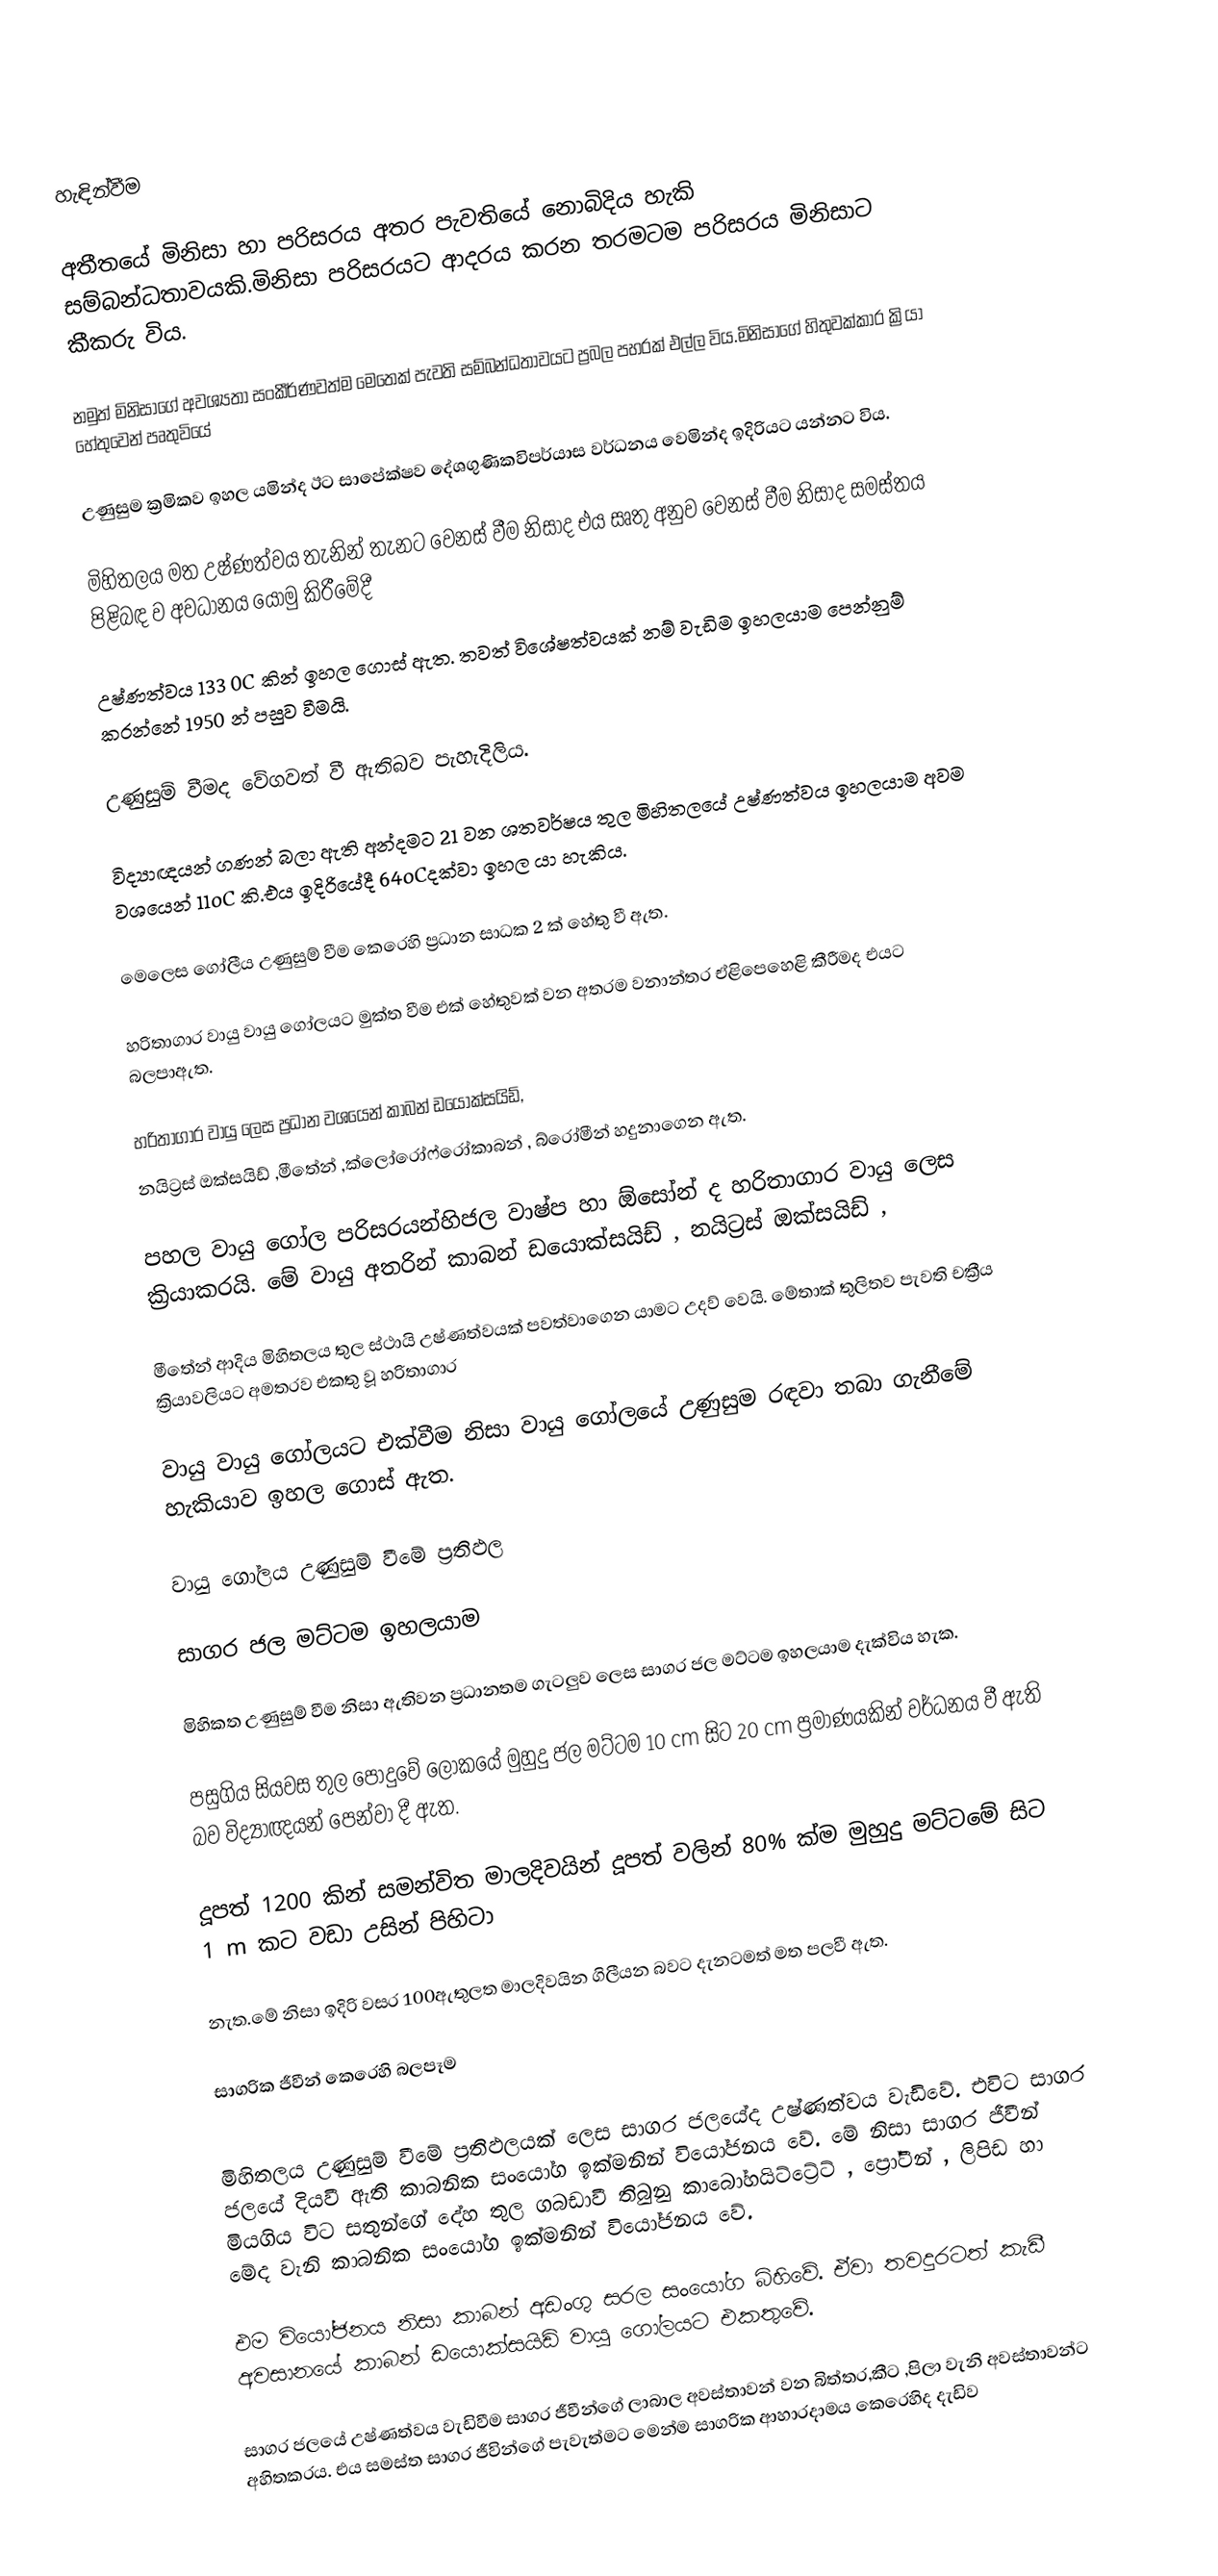

හැඳින්වීම

අතීතයේ මිනිසා හා පරිසරය අතර පැවතියේ නොබිදිය හැකි සම්බන්ධතාවයකි.මිනිසා පරිසරයට ආදරය කරන තරමටම පරිසරය මිනිසාට කීකරු විය.

නමුත් මිනිසාගේ අවශ්‍යතා සංකීර්ණවත්ම මෙතෙක් පැවති සම්බන්ධතාවයට ප්‍රබල පහරක් එල්ල විය.මිනිසාගේ හිතුවක්කාර ක්‍රියා හේතුවෙන් පෘතුවියේ

උණුසුම ක්‍රමිකව ඉහල යමින්ද  ඊට සාපේක්ෂව දේශගුණිකවිපර්යාස වර්ධනය වෙමින්ද ඉදිරියට යන්නට විය.

මිහිතලය මත උෂ්ණත්වය තැනින් තැනට වෙනස්  වීම නිසාද එය සෘතු අනුව වෙනස් වීම නිසාද සමස්තය පිළිබඳ ව අවධානය යොමු කිරීමේදී

උෂ්ණත්වය 133 0C කින් ඉහල ගොස් ඇත. තවත් විශේෂත්වයක් නම් වැඩිම ඉහලයාම පෙන්නුම් කරන්නේ 1950 න් පසුව වීමයි.

උණුසුම් වීමද වේගවත් වී ඇතිබව පැහැදිලිය.

විද්‍යාඥයන් ගණන් බලා ඇති අන්දමට 21 වන ශතවර්ෂය තුල මිහිතලයේ උෂ්ණත්වය ඉහලයාම අවම වශයෙන් 11oC කි.එය ඉදිරියේදී  64oCදක්වා ඉහල යා හැකිය.

මෙලෙස ගෝලීය උණුසුම් වීම කෙරෙහි ප්‍රධාන සාධක 2 ක් හේතු වී ඇත.

හරිතාගාර වායු වායු ගෝලයට මුක්ත වීම එක් හේතුවක් වන අතරම වනාන්තර ඒළිපෙහෙළි කීරීමද   එයට බලපාඇත.

හරිතාගාර වායු ලෙස ප්‍රධාන වශයෙන් කාබන් ඩයොක්සයිඩ්,
නයිට්‍රස් ඔක්සයිඩ් ,මීතේන් ,ක්ලෝරෝෆ්රෝකාබන් , බ්රෝමීන් හදුනාගෙන ඇත.

පහල වායු ගෝල පරිසරයන්හිජල වාෂ්ප හා ඕසෝන් ද හරිතාගාර වායු ලෙස ක්‍රියාකරයි. මේ වායු අතරින් කාබන් ඩයොක්සයිඩ් , නයිට්‍රස් ඔක්සයිඩ්‍ ,

මීතේන් ආදිය මිහිතලය තුල ස්ථායි උෂ්ණත්වයක් පවත්වාගෙන යාමට උදව් වෙයි. මේතාක් තුලිතව පැවති චක්‍රීය ක්‍රියාවලියට අමතරව එකතු වූ හරිතාගාර

වායු වායු ගෝලයට එක්වීම නිසා වායු ගෝලයේ උණුසුම රඳවා තබා ගැනීමේ හැකියාව ඉහල ගොස් ඇත.

වායු ගෝලය උණුසුම් වීමේ ප්‍රතිඵල

සාගර ජල මට්ටම ඉහලයාම

මිහිකත උණුසුම් වීම නිසා ඇතිවන ප්‍රධානතම ගැටලුව ලෙස සාගර ජල මට්ටම ඉහලයාම දැක්විය හැක.

පසුගිය සියවස තුල පොදුවේ ලෝකයේ මුහුදු ජල මට්ටම 10 cm සිට 20 cm ප්‍රමාණයකින් වර්ධනය වී ඇති බව විද්‍යාඥයන් පෙන්වා දී ඇත.

දූපත්  1200 කින් සමන්විත මාලදිවයින් දූපත් වලින් 80% ක්ම මුහුදු මට්ටමේ සිට  1 m කට වඩා උසින් පිහිටා

නැත.මේ නිසා ඉදිරි වසර 100ඇතුලත මාලදිවයින ගිලීයන බවට දැනටමත් මත පලවී ඇත.

සාගරික ජීවීන් කෙරෙහි බලපෑම

මිහිතලය උණුසුම් වී‍මේ ප්‍රතිඵලයක් ලෙස සාගර ජලයේද  උෂ්ණත්වය වැඩිවේ. එවිට සාගර ජලයේ දියවී ඇති කාබනික සංයෝග ඉක්මනින් වියෝජනය වේ. මේ නිසා සාගර ජීවීන් මියගිය විට සතුන්ගේ දේහ තුල ගබඩාවී තිබුනු කාබෝහයිට්ට්‍රේට් , ප්‍රෝටීන් , ලිපිඩ හා මේද වැනි කාබනික සංයෝග ඉක්මනින් වියෝජනය වේ.

එම වියෝජනය නිසා කාබන් අඩංගු සරල සංයෝග බිහිවේ. ඒවා තවදුරටත් කැඩී අවසානයේ කාබන් ඩයොක්සයිඩ් වායු ගෝලයට එකතුවේ.

සාගර ජලයේ උෂ්ණත්වය වැඩිවීම සාගර ජීවීන්ගේ  ලාබාල අවස්තාවන් වන බිත්තර,කීට ,පිලා වැනි අවස්තාවන්ට අහිතකරය. එය සමස්ත සාගර ජීවින්ගේ පැවැත්මට මෙන්ම සාගරික ආහාරදාමය කෙරෙහිද දැඩිව